Vana-Kasaritsa_(Kasaritsa)_vallavalitsus, lk 5
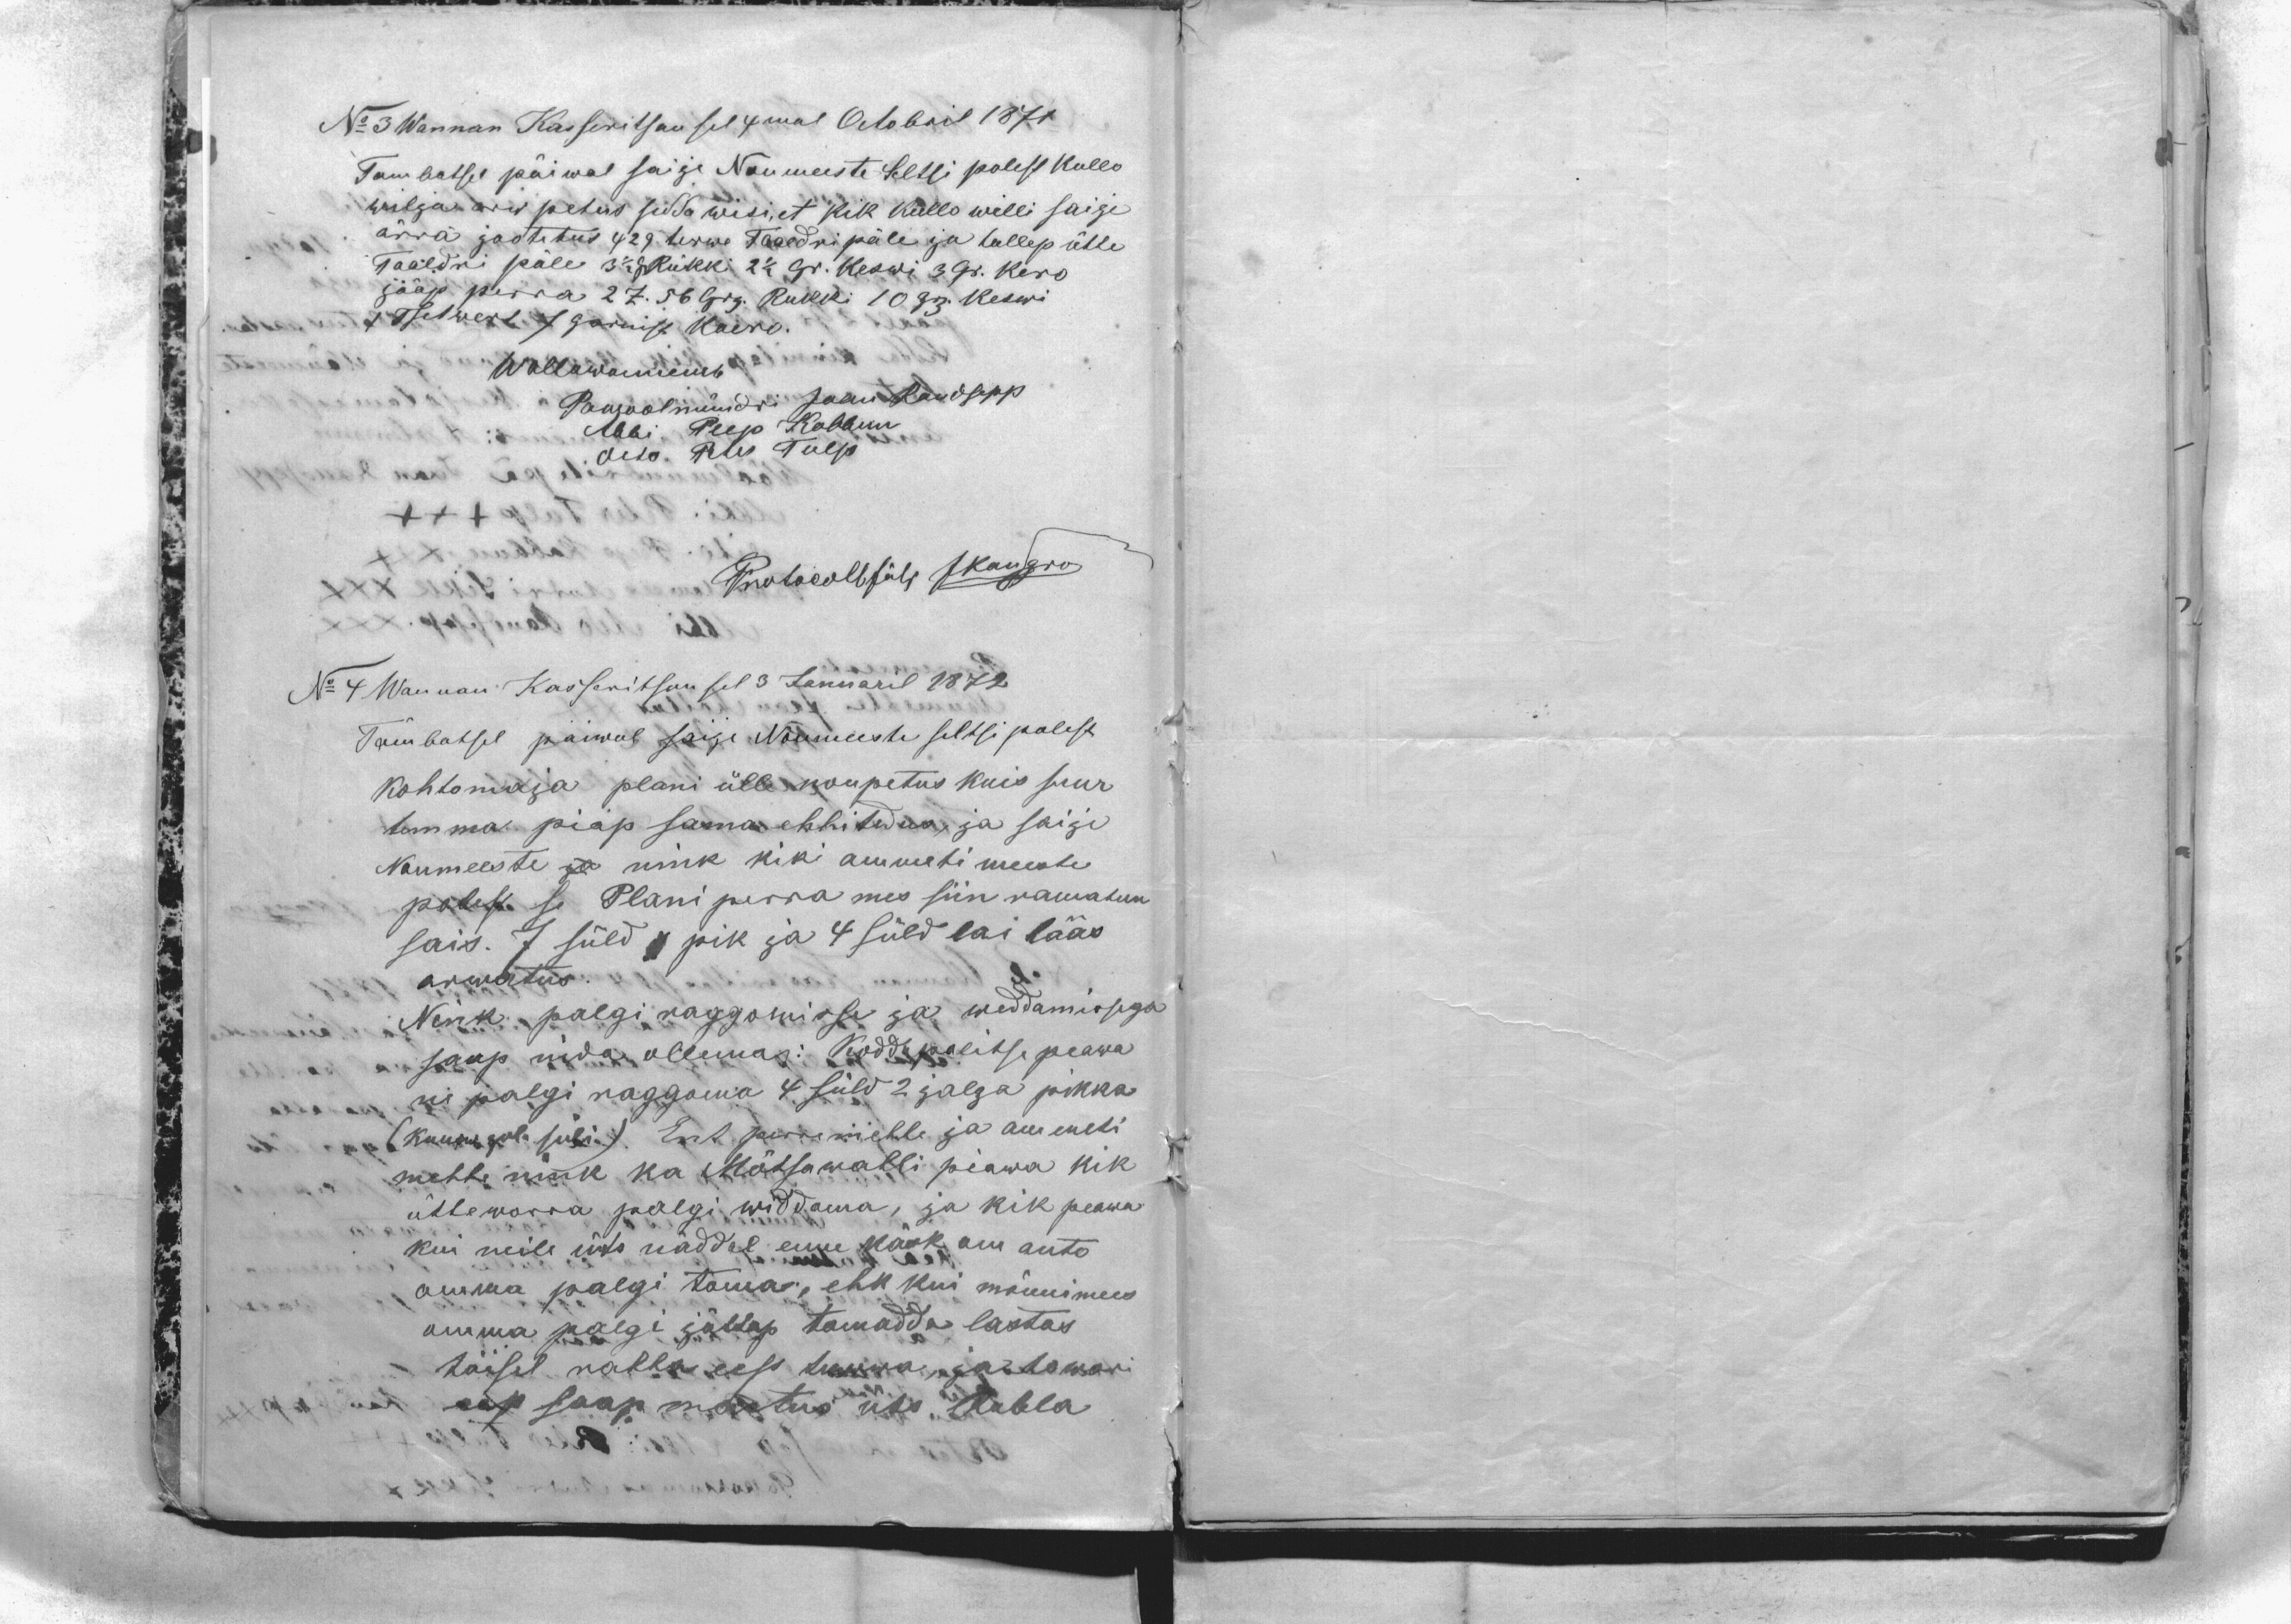
No 3 Wannan Kasseritsan sel 4mal Octobril 1871
Tambatsel päiwal saije Noumeeste Seltsi polest kullo
wilja arw petus sedda wisi, et kik kullo willi saije
ärra jaotetus 429 terwe Taaldri päle ja tullep ütte
Taaldri päle 3 1/2 Gr Rukki 2 1/2 Gr. keswi 3 Gr. kero
jääp perra 27. 56 Grj. Rukki 10 Grj. keswi
1 Tsetwert 7 garnist kaero.
Wallawannemb
Pawoolmündri Jaan Raudsepp
Abbi Peep Kabbun
dito Peter Tulp
Protocoll fäls Jkangro
No 4 Wannan Kasseritsan sel 3 Januaril 1872
Tämbatsel päiwal saije Nõumeeste seltsi polest
Kohtomaja plani ülle noupetus kuis suur
temma piap sama ehhitedus, ja saije
Noumeeste ja nink kiki ammeti meeste
polest se Plani perra mes siin ramatun
sais. 7 süld pik ja 4 süld lai lääs
arwatus.
Nink palgi raggomisse ja weddamissega
saap nida ollema: Koddupolitse peawa
ni palgi raggoma 4 süld 2 jalga pikka
(kuusw jala süli). Ent perremehhe ja ammeti
mehhe nink ka Mõtsawahhi piawa kik
ütte worra palgi widdama, ja kik peawa
kui neile üts näddal enne käsk om anto
omma palgi toma, ehk kui mõnnimees
omma palgi jättap tomadda lastas
täisel rahha eest tuwwa ja towari
eest saap mastus üts. Rubla